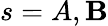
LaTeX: s=A,\mathbf{B}